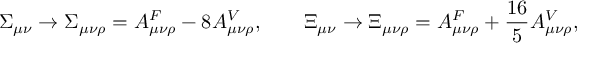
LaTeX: \Sigma _ { \mu \nu } \rightarrow \Sigma _ { \mu \nu \rho } = { \cal A } _ { \mu \nu \rho } ^ { F } - 8 { \cal A } _ { \mu \nu \rho } ^ { V } , \qquad \Xi _ { \mu \nu } \rightarrow \Xi _ { \mu \nu \rho } = { \cal A } _ { \mu \nu \rho } ^ { F } + { \frac { 1 6 } { 5 } } { \cal A } _ { \mu \nu \rho } ^ { V } ,